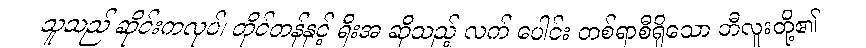
သူသည် ဆိုင်းကလုပ်၊ တိုင်တန်နှင့် ရီးအ ဆိုသည့် လက် ပေါင်း တစ်ရာစီရှိသော ဘီလူးတို့၏